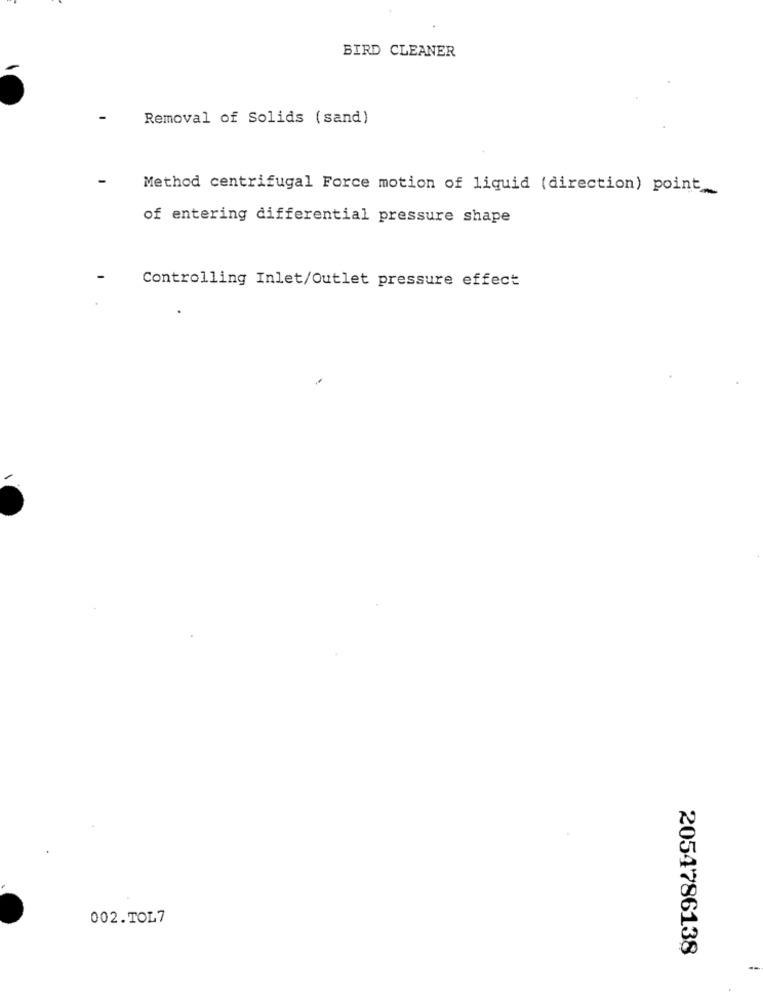
BIRD CLEANER
Removal of Solids (sand)
Method centrifugal Force motion of liquid (direction) point_
of entering differential pressure shape
Controlling Inlet/Outlet pressure effect
002.TOL7
2054786138